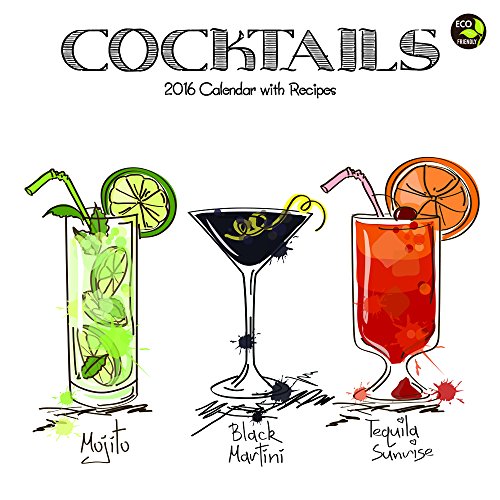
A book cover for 2016 Cocktails Wall Calendar; TF Publishing; Calendars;